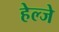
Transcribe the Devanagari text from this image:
हेल्जे